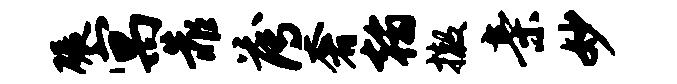
碾寓靠薄奢翰撤亲妙